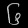
Digit: ၆